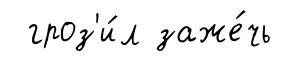
гроз'и́л заже́чь